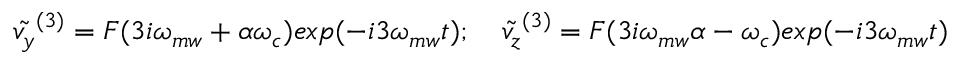
\tilde { v _ { y } } ^ { ( 3 ) } = F ( 3 i \omega _ { m w } + \alpha \omega _ { c } ) e x p ( - i 3 \omega _ { m w } t ) ; \quad \tilde { v _ { z } } ^ { ( 3 ) } = F ( 3 i \omega _ { m w } \alpha - \omega _ { c } ) e x p ( - i 3 \omega _ { m w } t )